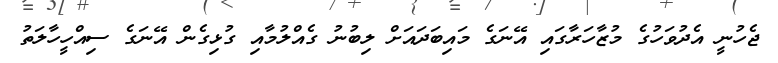
ޖެހުނީ އެދުވަހުގެ މުޒާހަރާގައި އޭނަގެ މައިބަދައަށް ލިބުނު ގެއްލުމާއި ގުޅިގެން އޭނަގެ ސިއްހީހާލަތު